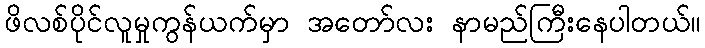
ဖိလစ်ပိုင်လူမှုကွန်ယက်မှာ အတော်လး နာမည်ကြီးနေပါတယ်။